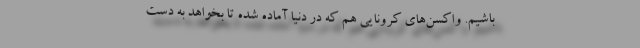
باشیم. واکسن‌های کرونایی هم که در دنیا آماده شده تا بخواهد به دست